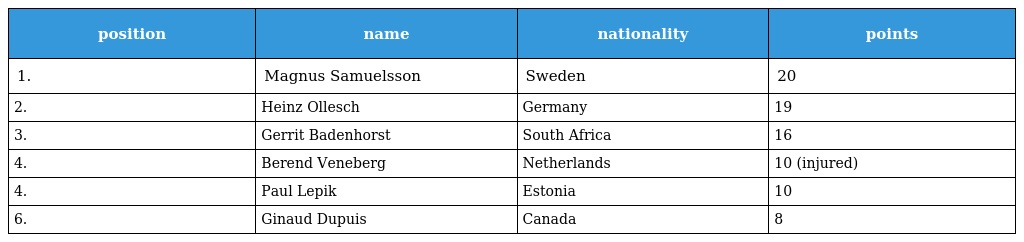
| position | name | nationality | points |
 | --- | --- | --- | --- |
 | 1. | Magnus Samuelsson | Sweden | 20 |
 | 2. | Heinz Ollesch | Germany | 19 |
 | 3. | Gerrit Badenhorst | South Africa | 16 |
 | 4. | Berend Veneberg | Netherlands | 10 (injured) |
 | 4. | Paul Lepik | Estonia | 10 |
 | 6. | Ginaud Dupuis | Canada | 8 |